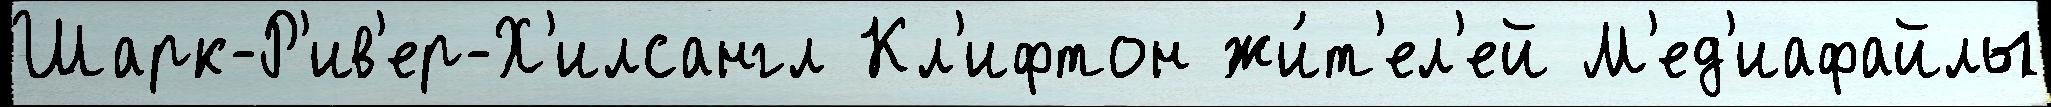
Шарк-Р'ив'ер-Х'илсангл Кл'ифтон жи́т'ел'ей М'ед'иафайлы